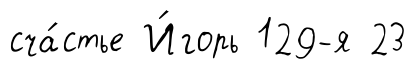
сча́стье И́горь 129-я 23